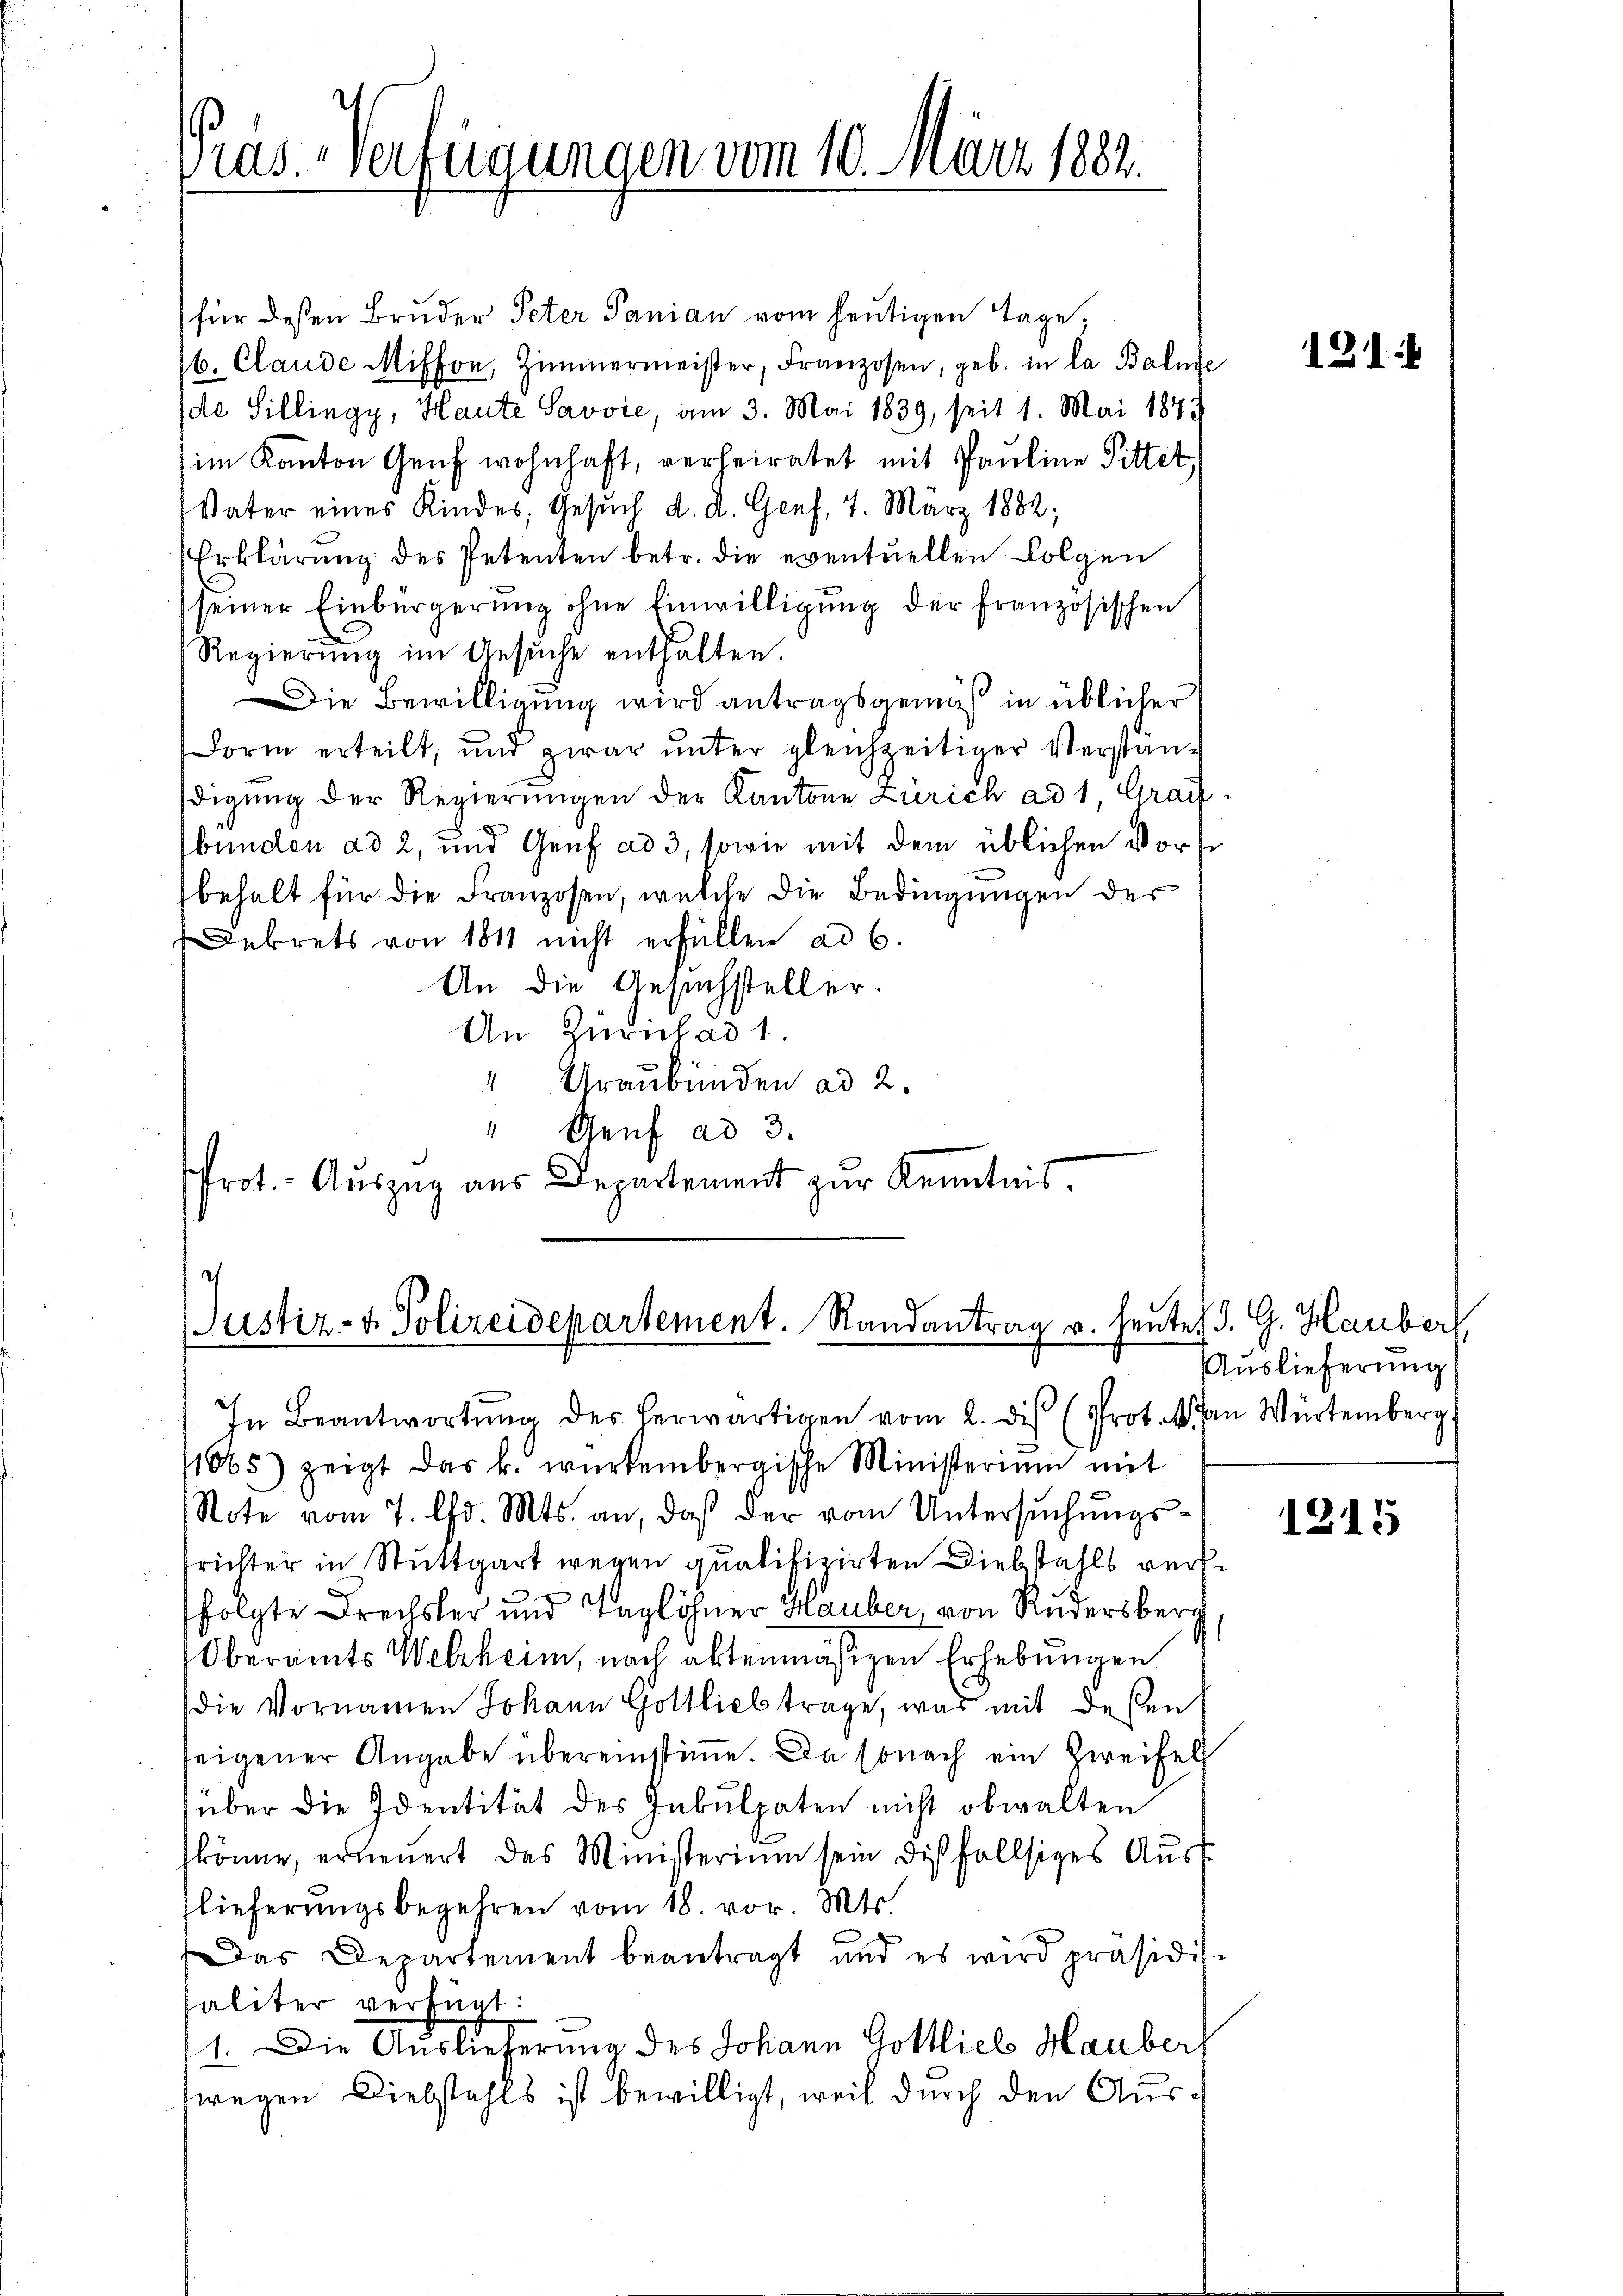
Pras. Verfügungen vom 10. März 1882.

für dessen Bruder Peter Panian vom heutigen Tage,
6. Claude Miffon, Zimmermeister, Franzosen, geb. in la Balme
de Sillingy, Haute Savvić, am 3. Mai 1839, seit 1. Mai 1845
im Kanton Genf wohnhaft, verheiratet mit Pauline Pittet
Vater eines Kindes, Gesŭch d. d. Genf, 7. März 1882;
Erklärung des Petenten betr. die eventuellen Folgen
seiner Einbürgerung ohne Einwilligung der französischen
Regierŭng im Gesŭche enthalten.
Die Bewilligung wird antragsgemäß in üblicher
Form erteilt, und zwar ŭnter gleichzeitiger Verstan-
digung der Regierungen der Kantone Zürich ad 1 Graff
bunden ad 2, und Genf ad 3, sowie mit dem üblichen Vorst
behalt für die Franzosen, welche die Bedingungen der
Dekrets von 1811 nicht erfüllen ad 6.
An die Gesuchsteller.
An Zürich ad 1.
" Graubünden ad 2.
" Genf ad 3.
rot. Auszug aus Departement zur Kenntnis.

Justiz- & Polizeidepartement. Randantrag v. heutet d. G. Hauber,
In Beantwortŭng des herwärtigen vom 2. des (Prot. V. an Würtemberg

1065) zeigt das k. würtembergische Ministerium mit
Note vom 7. d. Mts. an, daß der vom Untersuchungsrichter in Stuttgart wegen qualifizirten Diebstahls versfolgte Dreitsler und Taglöhner Hauber, von Rudersberg
Oberamts Welzheim, nach aktenmäßigen Erhebungen
die Vornamen Johann Gottlieb trage, was mit deßen
seigener Angabe übereinstime. Da sonach ein Zweifel
über die Identität des Inkulpaten nicht obwalten
könne, erneŭert das Ministerium sein diesfallsiges Aŭst
lieferungsbegehren vom 18. vor. Mts.
Das Departement beantragt und es wird präsidis-
Paliter verfügt:
1. Die Auslieferung des Johann Gottlich Haubert
zwegen Diebstahls ist bewilligt, weil durch den Aus¬

121:

Auslieferung

1215